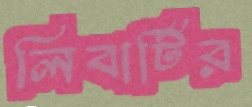
লিবার্টির